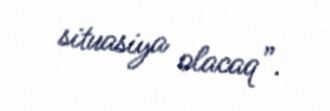
situasiya olacaq”.